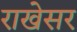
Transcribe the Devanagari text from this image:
राखेसर